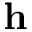
{ \bf h }